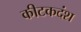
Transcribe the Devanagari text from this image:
कीटकदंश